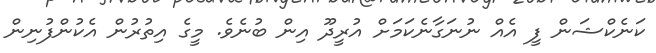
ކަނެކްޝަން ފީ އެއް ނުނަގާނެކަމަށް އުރީދޫ އިން ބުނެވެ. މީގެ އިތުރުން އެކުންފުނިން